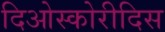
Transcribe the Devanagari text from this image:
दिओस्कोरीदिस